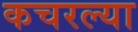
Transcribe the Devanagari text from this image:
कचरल्या